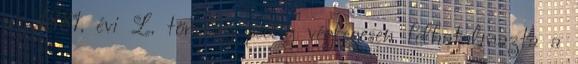
az 1881. évi L. törvény pedig véglegesen felhatalmazta a